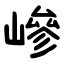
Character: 㠁